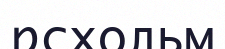
рсхольм